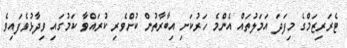
ޓެރަރިޒަމްގެ މިފަދަ އަމަލުތައް އެންމެ ހަރުކަށި އިބާރާތުން ކުށްވެރި ކުރައްވާ ކަމުގައި ވިދާޅުވެފައިވެ